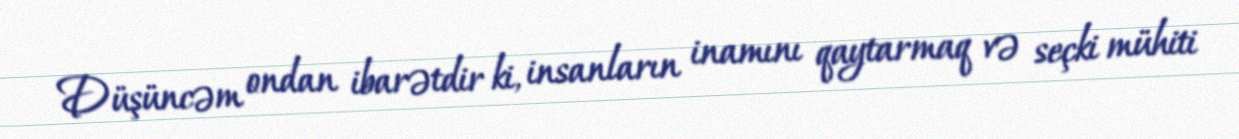
Düşüncəm ondan ibarətdir ki, insanların inamını qaytarmaq və seçki mühiti